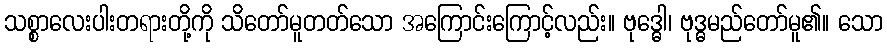
သစ္စာလေးပါးတရားတို့ကို သိတော်မူတတ်သော အကြောင်းကြောင့်လည်း။ ဗုဒ္ဓေါ၊ ဗုဒ္ဓမည်တော်မူ၏။ သော